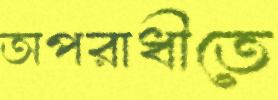
অপরাধীতে